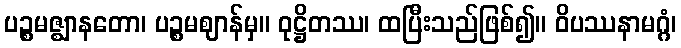
ပဉ္စမဇ္ဈာနတော၊ ပဉ္စမဈာန်မှ။ ဝုဋ္ဌိတဿ၊ ထပြီးသည်ဖြစ်၍။ ဝိပဿနာမဂ္ဂံ၊